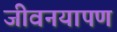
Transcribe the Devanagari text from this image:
जीवनयापण